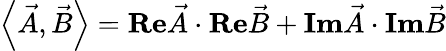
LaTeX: \left\langle\vec{A},\vec{B}\right\rangle=\textbf{Re}\vec{A}\cdot\textbf{Re}\vec{B}+\textbf{Im}\vec{A}\cdot\textbf{Im}\vec{B}